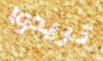
تريدوا